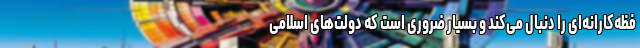
فظه‌کارانه‌ای را دنبال می‌کند و بسیار ضروری است که دولت‌های اسلامی